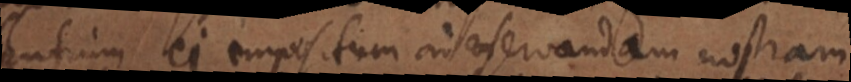
silentium ei impositum ad servandam nostram